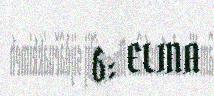
6: ELINA